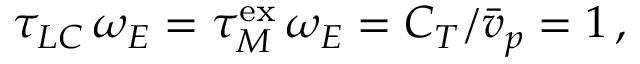
\tau _ { L C } \, \omega _ { E } = \tau _ { M } ^ { \mathrm { e x } } \, \omega _ { E } = C _ { T } / \bar { v } _ { p } = 1 \, ,